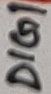
Text: DIGI